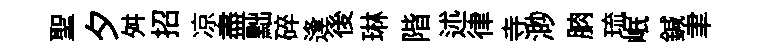
聖夕舛招凉盡黜碎逢後琳階述律寺渺朒琉岷鍼聿